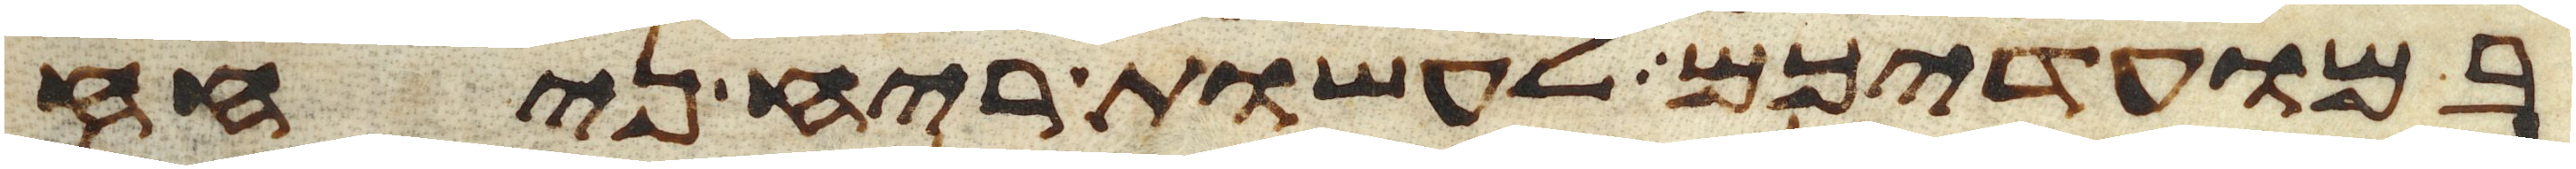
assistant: במועדיכם לעשות ריח ניחח